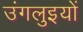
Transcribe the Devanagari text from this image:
उंगलुइयों